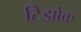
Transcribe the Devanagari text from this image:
टिझोक